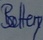
Text: Battery